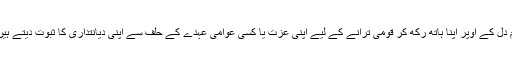
ہم دل کے اوپر اپنا ہاتھ رکھ کر قومی ترانے کے لیے اپنی عزت یا کسی عوامی عہدے کے حلف سے اپنی دیانتداری کا ثبوت دیتے ہیں۔